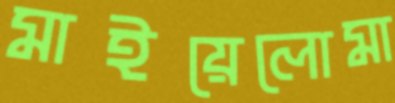
মাইয়েলোমা